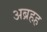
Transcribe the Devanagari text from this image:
अब्रहह